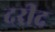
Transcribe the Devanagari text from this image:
दरीद